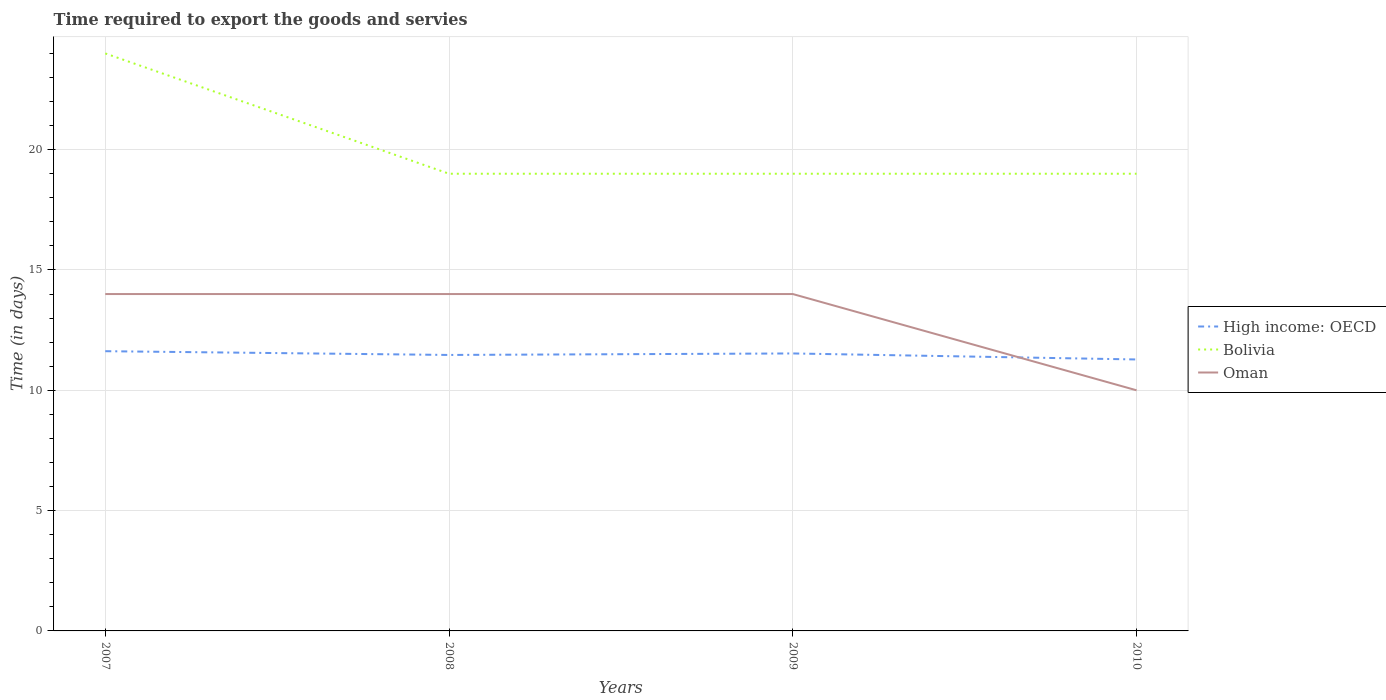
| Years | High income: OECD | Bolivia | Oman |
 | --- | --- | --- | --- |
 | 2007 | 11.6 | 24 | 14 |
 | 2008 | 11.5 | 19 | 14 |
 | 2009 | 11.5 | 19 | 14 |
 | 2010 | 11.3 | 19 | 10 |